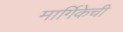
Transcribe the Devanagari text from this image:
मार्गिकेची